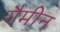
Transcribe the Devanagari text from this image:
गैमीन